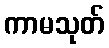
ကာမသုတ်